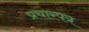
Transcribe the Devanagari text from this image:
प्रचारपत्र